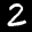
Label: 2